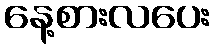
နေ့စားလပေး